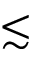
\lesssim